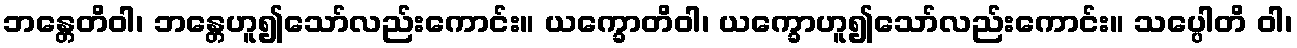
ဘန္တေတိဝါ၊ ဘန္တေဟူ၍သော်လည်းကောင်း။ ယက္ခောတိဝါ၊ ယက္ခောဟူ၍သော်လည်းကောင်း။ သပ္ပေါတိ ဝါ၊